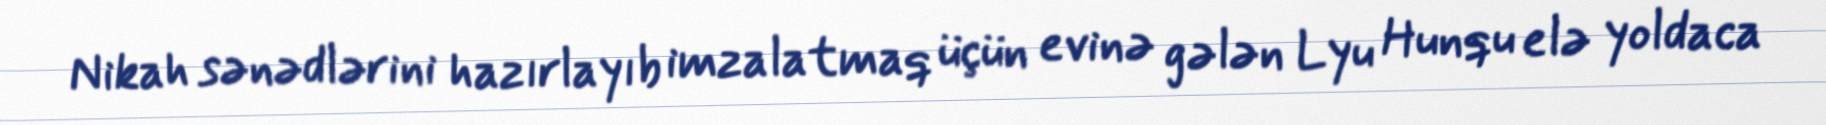
Nikah sənədlərini hazırlayıb imzalatmaq üçün evinə gələn Lyu Hunqu elə yoldaca